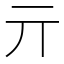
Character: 亓